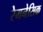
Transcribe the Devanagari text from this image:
रेमनेसिक